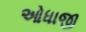
ઓધાજી